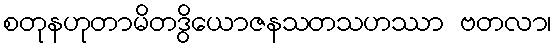
စတုနဟုတာမိတဒွိယောဇနသတသဟဿာ ဗတလာ၊